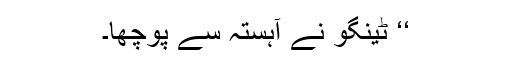
‘‘ ٹینگو نے آہستہ سے پوچھا۔